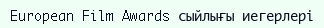
European Film Awards сыйлығы иегерлері